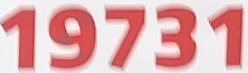
19731